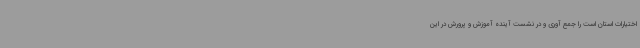
اختیارات استان است را جمع آوری و در نشست آینده آموزش و پرورش در این